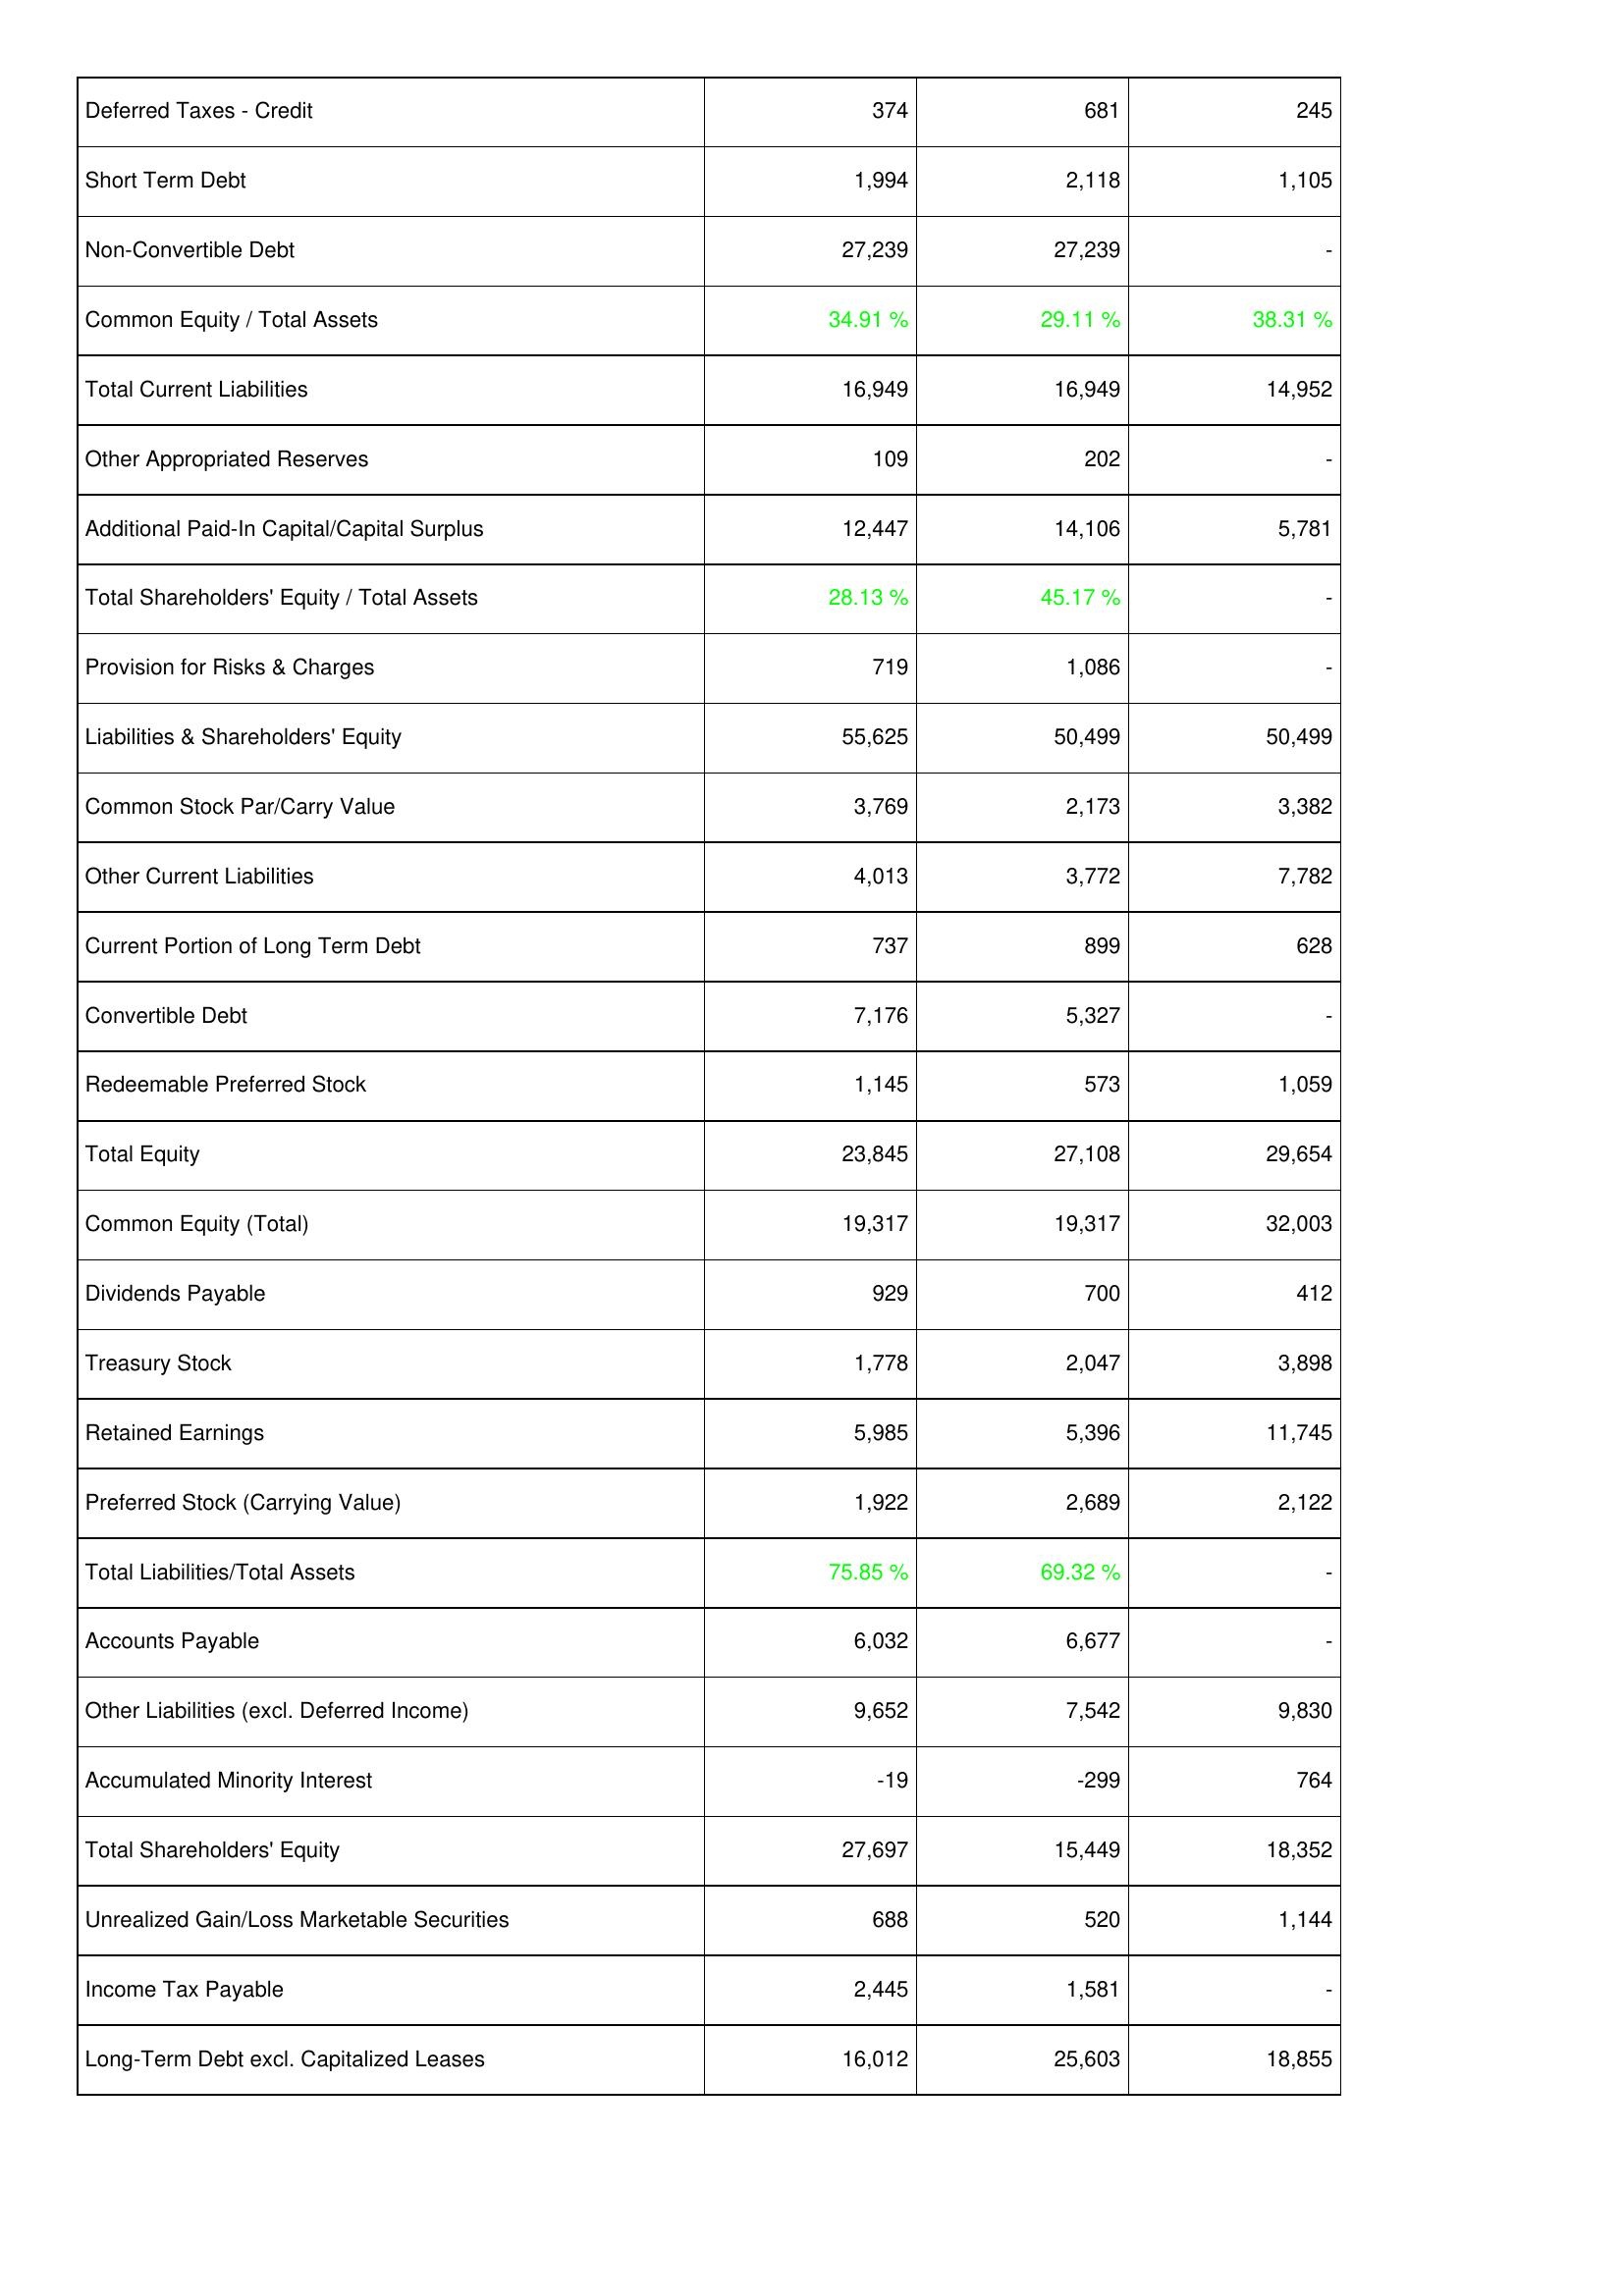
2014: Liabilities & Shareholders' Equity: Deferred Taxes - Credit: 374
Short Term Debt: 1,994
Non-Convertible Debt: 27,239
Common Equity / Total Assets: 34.91 %
Total Current Liabilities: 16,949
Other Appropriated Reserves: 109
Additional Paid-In Capital/Capital Surplus: 12,447
Total Shareholders' Equity / Total Assets: 28.13 %
Provision for Risks & Charges: 719
Liabilities & Shareholders' Equity: 55,625
Common Stock Par/Carry Value: 3,769
Other Current Liabilities: 4,013
Current Portion of Long Term Debt: 737
Convertible Debt: 7,176
Redeemable Preferred Stock: 1,145
Total Equity: 23,845
Common Equity (Total): 19,317
Dividends Payable: 929
Treasury Stock: 1,778
Retained Earnings: 5,985
Preferred Stock (Carrying Value): 1,922
Total Liabilities/Total Assets: 75.85 %
Accounts Payable: 6,032
Other Liabilities (excl. Deferred Income): 9,652
Accumulated Minority Interest: -19
Total Shareholders' Equity: 27,697
Unrealized Gain/Loss Marketable Securities: 688
Income Tax Payable: 2,445
Long-Term Debt excl. Capitalized Leases: 16,012
2013: Liabilities & Shareholders' Equity: Deferred Taxes - Credit: 681
Short Term Debt: 2,118
Non-Convertible Debt: 27,239
Common Equity / Total Assets: 29.11 %
Total Current Liabilities: 16,949
Other Appropriated Reserves: 202
Additional Paid-In Capital/Capital Surplus: 14,106
Total Shareholders' Equity / Total Assets: 45.17 %
Provision for Risks & Charges: 1,086
Liabilities & Shareholders' Equity: 50,499
Common Stock Par/Carry Value: 2,173
Other Current Liabilities: 3,772
Current Portion of Long Term Debt: 899
Convertible Debt: 5,327
Redeemable Preferred Stock: 573
Total Equity: 27,108
Common Equity (Total): 19,317
Dividends Payable: 700
Treasury Stock: 2,047
Retained Earnings: 5,396
Preferred Stock (Carrying Value): 2,689
Total Liabilities/Total Assets: 69.32 %
Accounts Payable: 6,677
Other Liabilities (excl. Deferred Income): 7,542
Accumulated Minority Interest: -299
Total Shareholders' Equity: 15,449
Unrealized Gain/Loss Marketable Securities: 520
Income Tax Payable: 1,581
Long-Term Debt excl. Capitalized Leases: 25,603
2012: Liabilities & Shareholders' Equity: Deferred Taxes - Credit: 245
Short Term Debt: 1,105
Non-Convertible Debt: -
Common Equity / Total Assets: 38.31 %
Total Current Liabilities: 14,952
Other Appropriated Reserves: -
Additional Paid-In Capital/Capital Surplus: 5,781
Total Shareholders' Equity / Total Assets: -
Provision for Risks & Charges: -
Liabilities & Shareholders' Equity: 50,499
Common Stock Par/Carry Value: 3,382
Other Current Liabilities: 7,782
Current Portion of Long Term Debt: 628
Convertible Debt: -
Redeemable Preferred Stock: 1,059
Total Equity: 29,654
Common Equity (Total): 32,003
Dividends Payable: 412
Treasury Stock: 3,898
Retained Earnings: 11,745
Preferred Stock (Carrying Value): 2,122
Total Liabilities/Total Assets: -
Accounts Payable: -
Other Liabilities (excl. Deferred Income): 9,830
Accumulated Minority Interest: 764
Total Shareholders' Equity: 18,352
Unrealized Gain/Loss Marketable Securities: 1,144
Income Tax Payable: -
Long-Term Debt excl. Capitalized Leases: 18,855